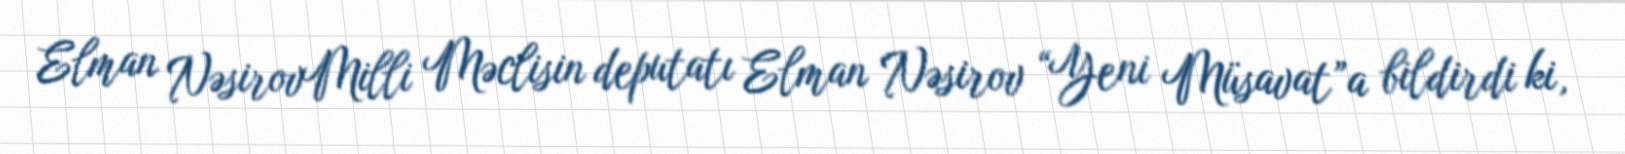
Elman NəsirovMilli Məclisin deputatı Elman Nəsirov “Yeni Müsavat”a bildirdi ki,